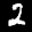
Label: 2